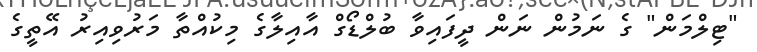
"ޓިލްމަން" ގެ ނަމުން ނަން ދީފައިވާ ބުލްޑޯގް އާއިލާގެ މިކުއްތާ މަރުވިއިރު އޭތީގެ